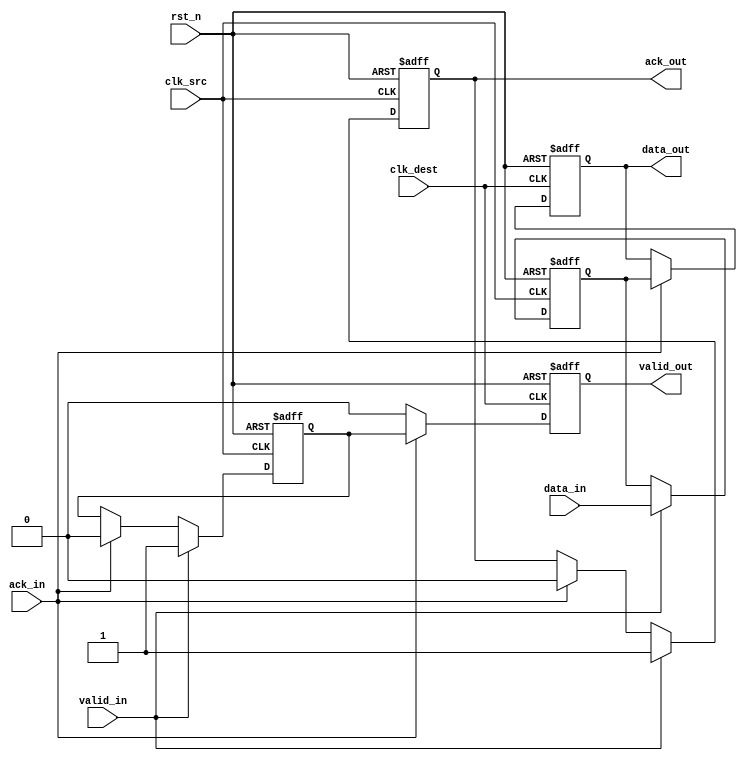
module MemoryBlocksHandshakeSynchronizer #(
    parameter DATA_WIDTH = 8  // Define the width of the data signal
)(
    input wire [DATA_WIDTH-1:0] data_in,      // Input data from the source clock domain
    input wire valid_in,                       // Valid signal from the source clock domain
    input wire clk_src,                        // Clock signal for source domain
    input wire clk_dest,                       // Clock signal for destination domain
    input wire rst_n,                          // Active-low reset signal
    output reg [DATA_WIDTH-1:0] data_out,     // Synchronized data signal for destination clock domain
    output reg valid_out,                      // Valid signal for synchronized data
    output reg ack_out,                        // Acknowledgment signal from source domain
    input wire ack_in                          // Acknowledgment signal from destination domain
);

// Internal signals
reg [DATA_WIDTH-1:0] data_sync;
reg valid_sync;
reg ack_reg;

// Synchronizing data and valid signals to destination clock domain
always @(posedge clk_dest or negedge rst_n) begin
    if (!rst_n) begin
        data_out <= 0;
        valid_out <= 0;
    end else begin
        // If acknowledgment from the destination domain is received
        if (ack_in) begin
            // Transfer synchronized data to output
            data_out <= data_sync;
            valid_out <= valid_sync;
        end else begin
            valid_out <= 0; // Clear valid_out if no ack_in
        end
    end
end

// Handshake protocol
always @(posedge clk_src or negedge rst_n) begin
    if (!rst_n) begin
        ack_out <= 0;
        data_sync <= 0;
        valid_sync <= 0;
    end else begin
        if (valid_in) begin
            // Capture data and valid when valid_in is asserted
            data_sync <= data_in;
            valid_sync <= 1;
            ack_out <= 1;  // Indicate that data is sent
        end else if (ack_in) begin
            ack_out <= 0; // Clear ack_out when acknowledgment from destination is received
            valid_sync <= 0; // Clear valid flag after acknowledgment
        end
    end
end

endmodule